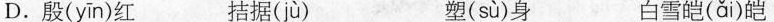
D.殷( yīn )红 拮据( jù ) 塑( sù )身 白雪皑(ǎi)皑